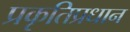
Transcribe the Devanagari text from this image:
प्रकृतिप्रधान